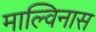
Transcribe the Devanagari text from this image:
माल्विनास